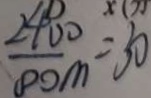
\frac { 2 4 0 0 } { 8 0 m } = 3 0